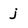
Character: j